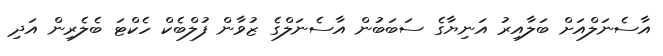
އާސެނަލްއަށް ބަލާއިރު އަނިޔާގެ ސަބަބުން އާސެނަލްގެ ޒުވާން ފުލްބެކް ހެކްޓަ ބެލެރިން އަދި